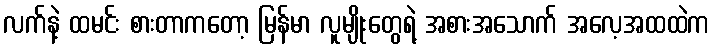
လက်နဲ့ ထမင်း စားတာကတော့ မြန်မာ လူမျိုးတွေရဲ့ အစားအသောက် အလေ့အထထဲက